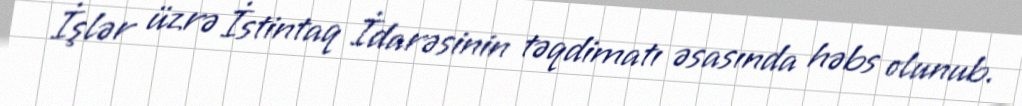
İşlər üzrə İstintaq İdarəsinin təqdimatı əsasında həbs olunub.